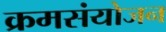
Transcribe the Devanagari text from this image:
क्रमसंयोजन